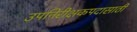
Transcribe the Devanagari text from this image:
उपनिरीक्षकपदासाठी